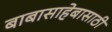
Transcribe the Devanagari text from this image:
बाबासाहेबासाठी